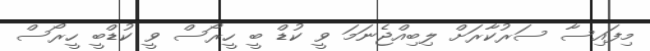
މިފައިސާ ސަރުކާރަށް ލިބިއްޖެނަމަ ވީ ކުޑް ބީ ހީރޯސް ވީ ކުޑްބީ ހީރޯސް